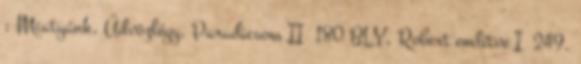
; Miatyánk, Üdvözlégy, Paradicsom II 180 BLY, Robert említve I 249.